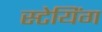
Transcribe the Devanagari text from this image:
स्टेयिंग